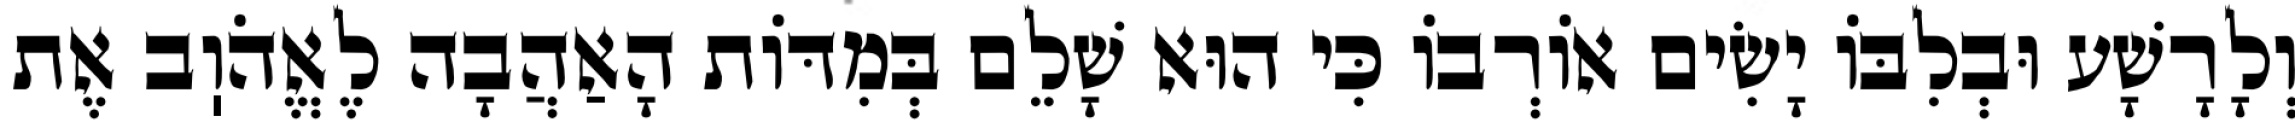
וְלָרָשָׁע וּבְלִבּוֹ יָשִׂים אוֹרְבוֹ כִּי הוּא שָׁלֵם בְּמִדּוֹת הָאַהֲבָה לֶאֱהֹוֽב אֶת